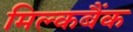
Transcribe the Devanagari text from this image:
मिल्कबैंक